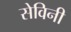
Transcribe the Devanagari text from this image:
सेविनी